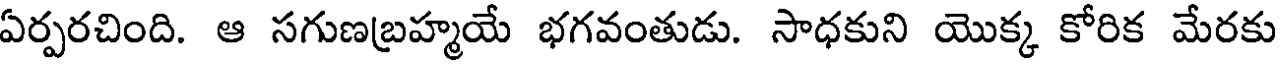
ఏర్పరచింది. ఆ సగుణబ్రహ్మయే భగవంతుడు. సాధకుని యొక్క కోరిక మేరకు